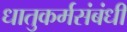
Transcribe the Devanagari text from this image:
धातुकर्मसंबंधी